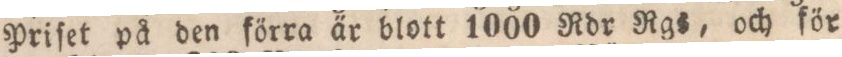
Priſet på den förra är blott 1000 Rdr Rgs, och för